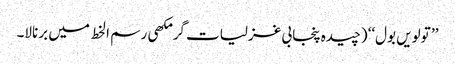
’’ تولویں بول‘‘ (چیدہ پنجابی غزلیات گرمکھی رسم ا لخط میں برنالا۔